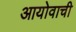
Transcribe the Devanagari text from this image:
आयोवाची